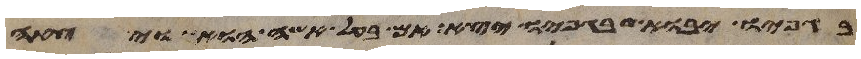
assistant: בגפיו יבוא בגפיו יצא אם בעל אשה הוא ויצאה